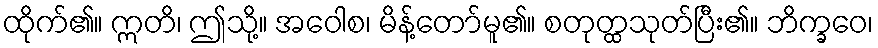
ထိုက်၏။ ဣတိ၊ ဤသို့။ အဝေါစ၊ မိန့်တော်မူ၏။ စတုတ္ထသုတ်ပြီး၏။ ဘိက္ခဝေ၊